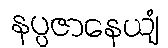
နပ္ပဇာနေယျံ